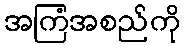
အကြံအစည်ကို